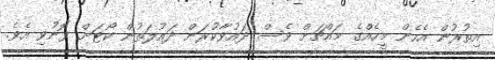
އިތުރުން އެހެން މީހެއްގެ މައްޗަށް ވެސް ދައުވާކުރަން ދައުލަތުން ކޯޓަށް ފޮނުވި އެވެ.